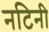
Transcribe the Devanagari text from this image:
नटिनी